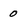
Character: 0